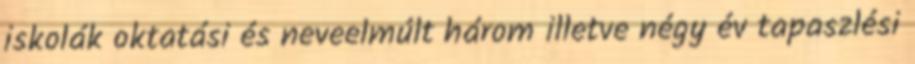
iskolák oktatási és neveelmúlt három illetve négy év tapaszlési